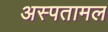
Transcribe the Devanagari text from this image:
अस्पतामल